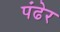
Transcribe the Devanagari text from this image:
पंढेर